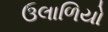
ઉલાળિયો